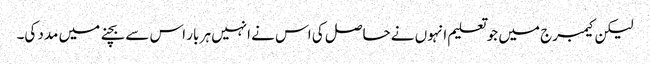
لیکن کیمبرج میں جو تعلیم انہوں نے حاصل کی اس نے انہیں ہر بار اس سے بچنے میں مدد کی۔